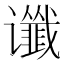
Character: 谶